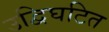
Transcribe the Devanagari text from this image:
उद्विघटित